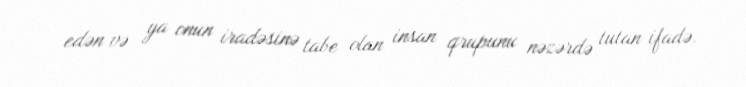
edən və ya onun iradəsinə tabe olan insan qrupunu nəzərdə tutan ifadə.